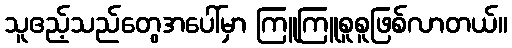
သူဧည့်သည်တွေအပေါ်မှာ ကြူကြူစူစူဖြစ်လာတယ်။